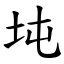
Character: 坉